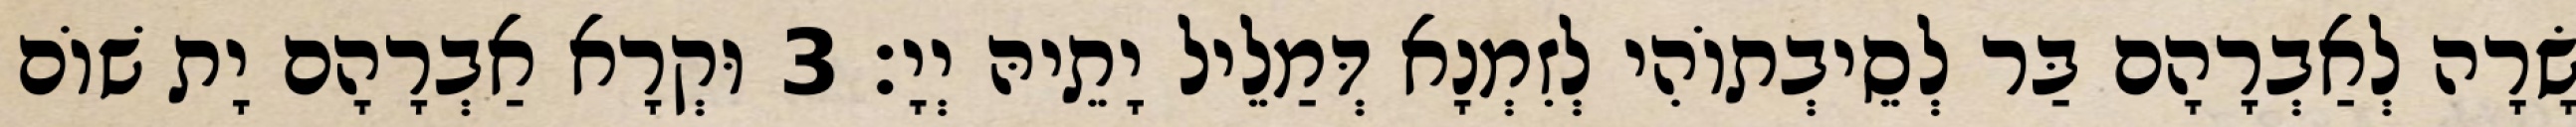
שָׂרָה לְאַבְרָהָם בַּר לְסֵיבְתוֹהִי לְזִמְנָא דְּמַלֵיל יָתֵיהּ יְיָ׃ 3 וּקְרָא אַבְרָהָם יָת שׁוֹם